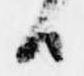
由